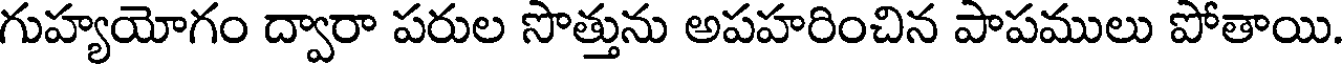
గుహ్యయోగం ద్వారా పరుల సొత్తును అపహరించిన పాపములు పోతాయి.